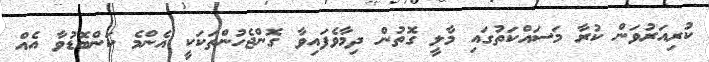
ކުރިއަރުވަން ކުރާ މަސައްކަތުގައި މާލީ ގޮތުން ދިމާވެފައިވާ ގޮންޖެހުންތަކަކީ އެންމެ ކަންބޮޑުވާ އެއް